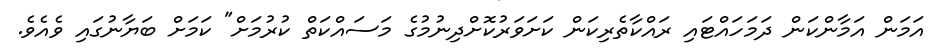
އަމަން އަމާންކަން ދަމަހައްޓައި ރައްކާތެރިކަން ކަށަވަރުކޮށްދިނުމުގެ މަސައްކަތް ކުރުމަށް" ކަމަށް ބަޔާނުގައި ވެއެވެ.